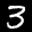
Label: 3